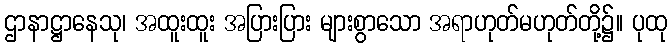
ဌာနာဋ္ဌာနေသု၊ အထူးထူး အပြားပြား များစွာသော အရာဟုတ်မဟုတ်တို့၌။ ပုထု